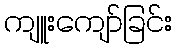
ကျူးကျော်ခြင်း